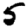
Digit: 5